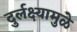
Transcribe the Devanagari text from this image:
दुर्लक्ष्यामुळे